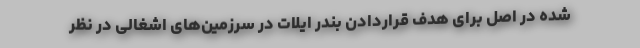
شده در اصل برای هدف قراردادن بندر ایلات در سرزمین‌های اشغالی در نظر